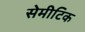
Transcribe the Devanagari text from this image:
सेमीटिक